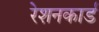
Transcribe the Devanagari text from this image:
रेशनकार्ड